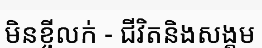
មិនខ្ចីលក់ - ជីវិតនិងសង្គម